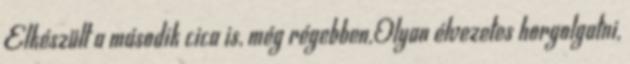
Elkészült a második cica is, még régebben.Olyan élvezetes horgolgatni,